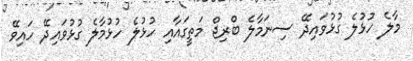
މާލެ ހުޅުލެ ގުޅުވައިދޭ ސިނަމާލެ ބްރިޖް މަތީގައާއި ހުޅުލެ ހުޅުމާލެ ގުޅުވައިދޭ ހައިވޭ